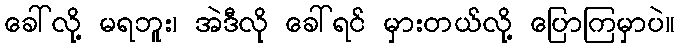
ခေါ်လို့ မရဘူး၊ အဲဒီလို ခေါ်ရင် မှားတယ်လို့ ပြောကြမှာပဲ။